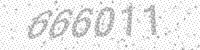
Solution: 666011